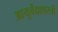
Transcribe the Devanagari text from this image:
आयुर्वेदशास्‍त्री